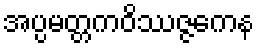
အပ္ပမတ္တကဝိဿဇ္ဇကေန